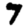
Digit: 7